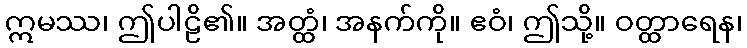
ဣမဿ၊ ဤပါဠိ၏။ အတ္ထံ၊ အနက်ကို။ ဧဝံ၊ ဤသို့။ ဝတ္ထာရေန၊